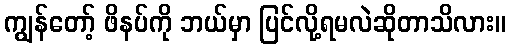
ကျွန်တော့် ဖိနပ်ကို ဘယ်မှာ ပြင်လို့ရမလဲဆိုတာသိလား။